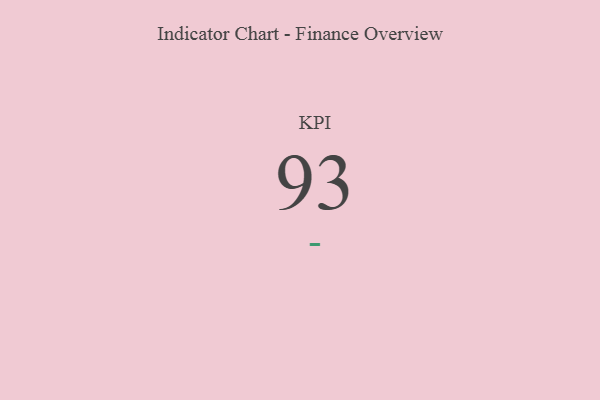
{"axis": {"x": "KPI", "y": "Value"}, "legend": [""], "data": [{"x": "KPI", "y": 93, "type": ""}]}